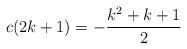
LaTeX: \begin{align*} c(2k+1)=-\frac{k^2+k+1}{2}\end{align*}